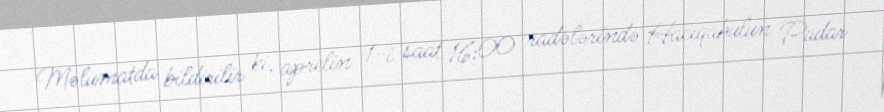
Məlumatda bildirilir ki, aprelin 1-i saat 16:00 radələrində Hacıqabulun Padar